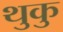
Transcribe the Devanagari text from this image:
थुकु